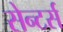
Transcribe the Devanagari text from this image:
सेन्टर्स